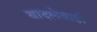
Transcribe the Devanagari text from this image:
बादलेवाडी